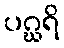
ပဂ္ဃရိ